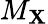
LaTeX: M_{\mathbf{X}}